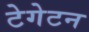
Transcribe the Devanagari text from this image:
टेगेटन